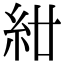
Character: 𥾰